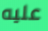
عليه